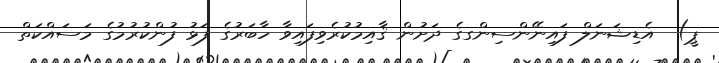
ޕީ)  އެޑިޝަނަލް ފައިނޭންސިންގގެ ދަށުން ޤާއިމުކުރެވިފައިވާ ހާބަރުގެ ފަޅު ފުންކުރުމުގެ މަސައްކަތް